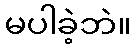
မပါခဲ့ဘဲ။